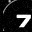
Digit: 7